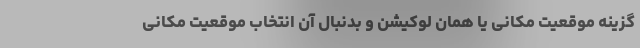
گزینه موقعیت مکانی یا همان لوکیشن و بدنبال آن انتخاب موقعیت مکانی